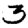
Digit: 3